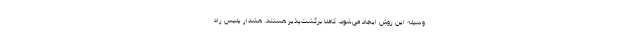
وسیله این روش ایجاد می‌شود، کاملاً برگشت‌پذیر هستند. هشدار پلیس راه